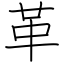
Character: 革